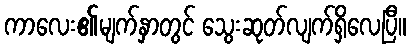
ကာလေး၏မျက်နှာတွင် သွေးဆုတ်လျက်ရှိလေပြီ။